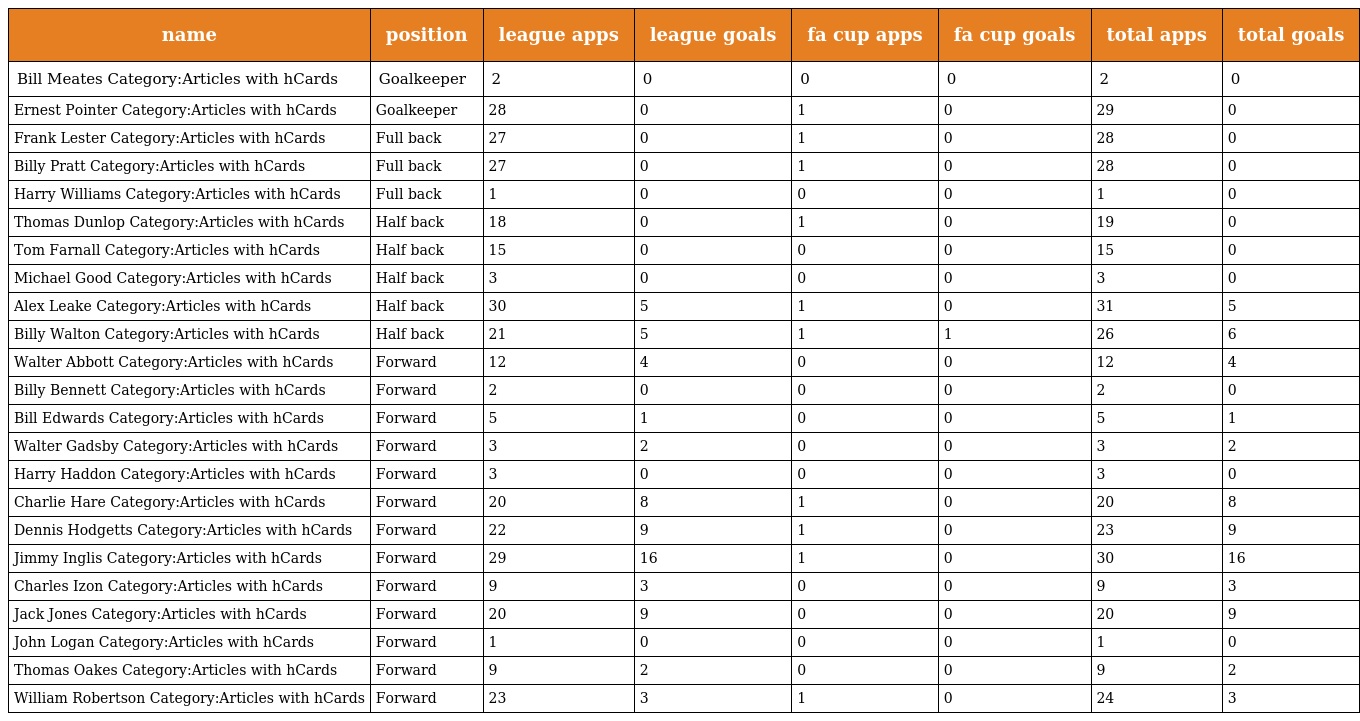
| name | position | league apps | league goals | fa cup apps | fa cup goals | total apps | total goals |
 | --- | --- | --- | --- | --- | --- | --- | --- |
 | Bill Meates Category:Articles with hCards | Goalkeeper | 2 | 0 | 0 | 0 | 2 | 0 |
 | Ernest Pointer Category:Articles with hCards | Goalkeeper | 28 | 0 | 1 | 0 | 29 | 0 |
 | Frank Lester Category:Articles with hCards | Full back | 27 | 0 | 1 | 0 | 28 | 0 |
 | Billy Pratt Category:Articles with hCards | Full back | 27 | 0 | 1 | 0 | 28 | 0 |
 | Harry Williams Category:Articles with hCards | Full back | 1 | 0 | 0 | 0 | 1 | 0 |
 | Thomas Dunlop Category:Articles with hCards | Half back | 18 | 0 | 1 | 0 | 19 | 0 |
 | Tom Farnall Category:Articles with hCards | Half back | 15 | 0 | 0 | 0 | 15 | 0 |
 | Michael Good Category:Articles with hCards | Half back | 3 | 0 | 0 | 0 | 3 | 0 |
 | Alex Leake Category:Articles with hCards | Half back | 30 | 5 | 1 | 0 | 31 | 5 |
 | Billy Walton Category:Articles with hCards | Half back | 21 | 5 | 1 | 1 | 26 | 6 |
 | Walter Abbott Category:Articles with hCards | Forward | 12 | 4 | 0 | 0 | 12 | 4 |
 | Billy Bennett Category:Articles with hCards | Forward | 2 | 0 | 0 | 0 | 2 | 0 |
 | Bill Edwards Category:Articles with hCards | Forward | 5 | 1 | 0 | 0 | 5 | 1 |
 | Walter Gadsby Category:Articles with hCards | Forward | 3 | 2 | 0 | 0 | 3 | 2 |
 | Harry Haddon Category:Articles with hCards | Forward | 3 | 0 | 0 | 0 | 3 | 0 |
 | Charlie Hare Category:Articles with hCards | Forward | 20 | 8 | 1 | 0 | 20 | 8 |
 | Dennis Hodgetts Category:Articles with hCards | Forward | 22 | 9 | 1 | 0 | 23 | 9 |
 | Jimmy Inglis Category:Articles with hCards | Forward | 29 | 16 | 1 | 0 | 30 | 16 |
 | Charles Izon Category:Articles with hCards | Forward | 9 | 3 | 0 | 0 | 9 | 3 |
 | Jack Jones Category:Articles with hCards | Forward | 20 | 9 | 0 | 0 | 20 | 9 |
 | John Logan Category:Articles with hCards | Forward | 1 | 0 | 0 | 0 | 1 | 0 |
 | Thomas Oakes Category:Articles with hCards | Forward | 9 | 2 | 0 | 0 | 9 | 2 |
 | William Robertson Category:Articles with hCards | Forward | 23 | 3 | 1 | 0 | 24 | 3 |